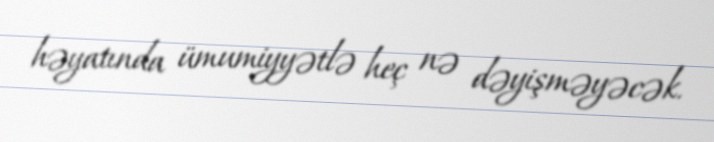
həyatında ümumiyyətlə heç nə dəyişməyəcək.